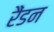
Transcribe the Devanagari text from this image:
रैंडन